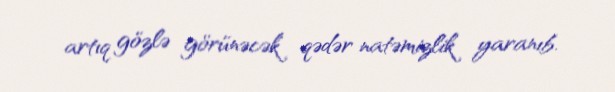
artıq gözlə görünəcək qədər natəmizlik yaranıb.